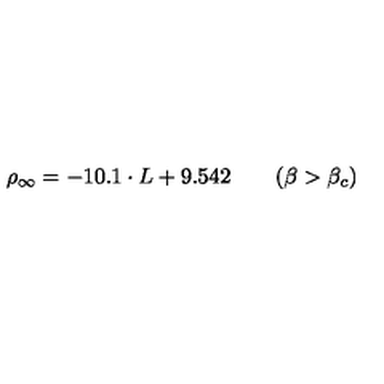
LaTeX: \rho _ { \infty } = - 1 0 . 1 \cdot L + 9 . 5 4 2 \qquad ( \beta > \beta _ { c } )